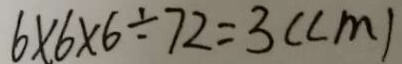
6 \times 6 \times 6 \div 7 2 = 3 ( c m )